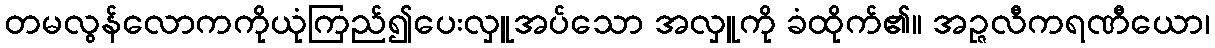
တမလွန်လောကကိုယုံကြည်၍ပေးလှူအပ်သော အလှူကို ခံထိုက်၏။ အဉ္ဇလီကရဏီယော၊